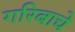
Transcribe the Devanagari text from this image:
गरिबाचे